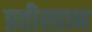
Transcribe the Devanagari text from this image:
प्रतीस्ठान